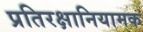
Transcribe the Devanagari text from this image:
प्रतिरक्षानियामक